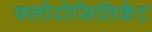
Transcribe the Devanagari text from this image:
फ्लोरोसिलिकेट